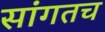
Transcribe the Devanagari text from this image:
सांगतच